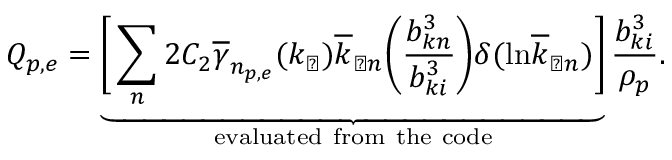
Q _ { p , e } = \underbrace { \Bigg [ \sum _ { n } 2 C _ { 2 } \overline { { \gamma } } _ { n _ { p , e } } ( k _ { \perp } ) \overline { { k } } _ { \perp n } \bigg ( \frac { b _ { k n } ^ { 3 } } { b _ { k i } ^ { 3 } } \bigg ) \delta ( \mathrm { l n } \overline { { k } } _ { \perp n } ) \Bigg ] } _ { \mathrm { e v a l u a t e d ~ f r o m ~ t h e ~ c o d e } } \frac { b _ { k i } ^ { 3 } } { \rho _ { p } } .